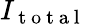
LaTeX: I_{\mathrm{~t~o~t~a~l~}}